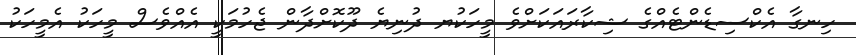
ހިނގާ އެކްސިޑެންޓެއްގެ ޝިކާރައަކަށްވެ މީހަކުޔ ދުނިޔެ ދޫކޮށްދާން ޖެހުމަކީ އެއްވެސް މީހަކު އެމީހަކު